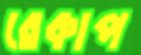
রেকাপ